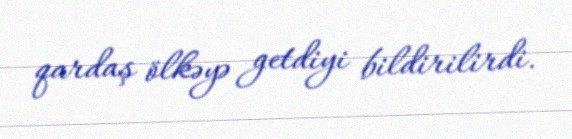
qardaş ölkəyə getdiyi bildirilirdi.